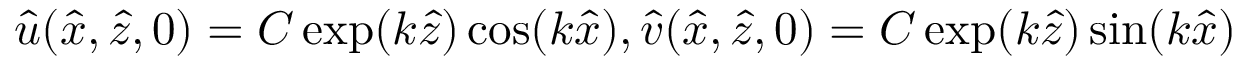
\hat { u } ( \hat { x } , \hat { z } , 0 ) = C \exp ( k \hat { z } ) \cos ( k \hat { x } ) , \hat { v } ( \hat { x } , \hat { z } , 0 ) = C \exp ( k \hat { z } ) \sin ( k \hat { x } )